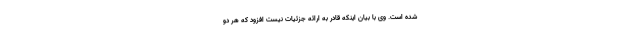
شده است. وی با بیان اینکه قادر به ارائه جزئیات نیست افزود که هر دو